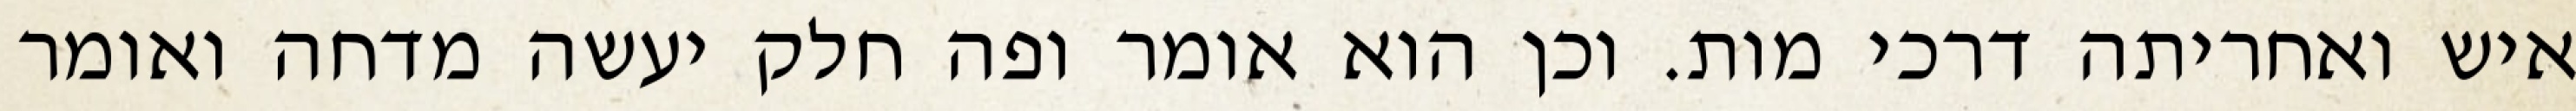
איש ואחריתה דרכי מות. וכן הוא אומר ופה חלק יעשה מדחה ואומר